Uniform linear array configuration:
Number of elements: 8
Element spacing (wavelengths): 0.5
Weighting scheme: hamming
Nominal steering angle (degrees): -15
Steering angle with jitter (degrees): -16.039
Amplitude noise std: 0.05
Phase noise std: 0.05

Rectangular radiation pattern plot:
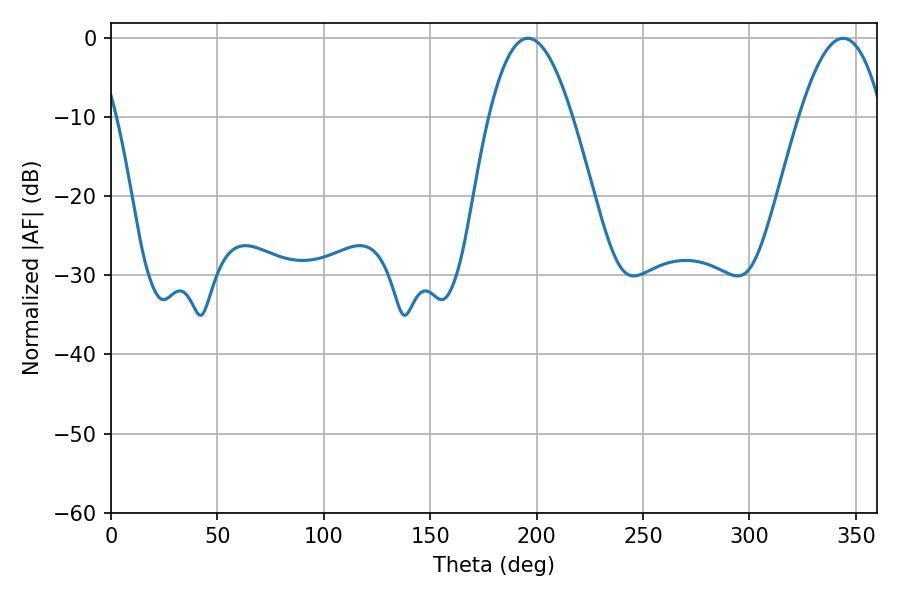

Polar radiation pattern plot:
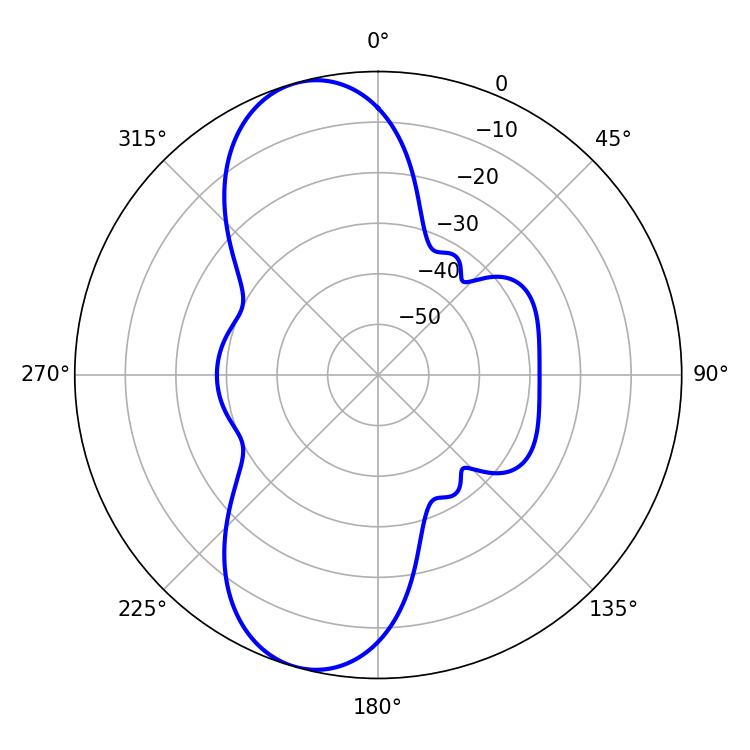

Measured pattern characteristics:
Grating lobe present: FALSE
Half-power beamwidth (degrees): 21.42
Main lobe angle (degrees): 343.98